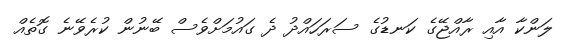
ލަންކާ އާއި ރާއްޖޭގެ ކަނޑުގެ ސަރަހައްދު ދެ ގައުމަށްވެސް ބޭނުން ކުރެވޭނެ ގޮތެއް